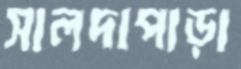
সালদাপাড়া